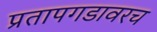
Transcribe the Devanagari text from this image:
प्रतापगडावरच